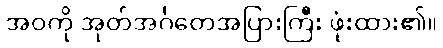
အဝကို အုတ်အင်္ဂတေအပြားကြီး ဖုံးထား၏။